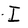
Character: I